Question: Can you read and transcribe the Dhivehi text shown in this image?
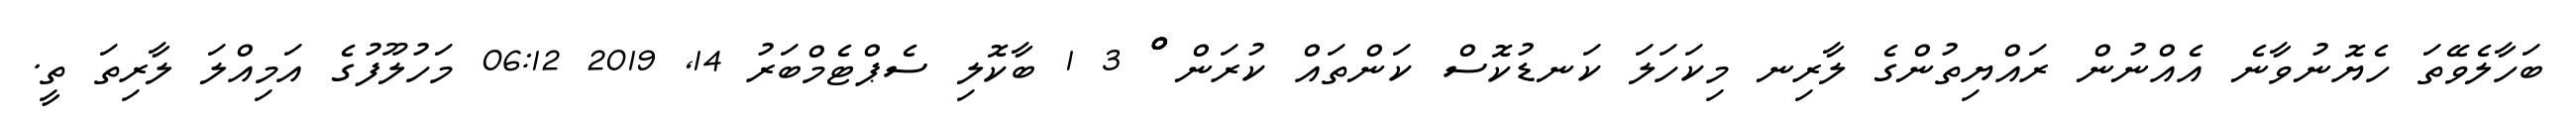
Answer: ބަހާލެވޭތަ ހެޔޮނުވާނެ އެއްނުން ރައްޔިތުންގެ ލާރިނ މިކަހަލަ ކަނޑުކޮސް ކަންތައް ކުރަން ްްްް 3 1 ބާކޮލި ސެޕްޓެމްބަރު 14, 2019 06:12 މަހުލޫފުގެ އަމިއްލަ ލާރިތަ ތީ.